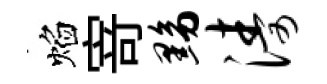
焰𭔃黝涛